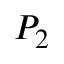
P _ { 2 }